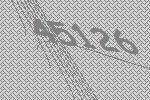
45126